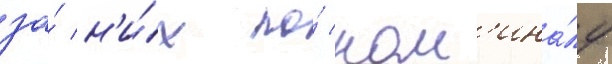
за́ н'и́х по́ ном'ина́лу